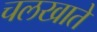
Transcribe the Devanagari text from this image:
चलखाते